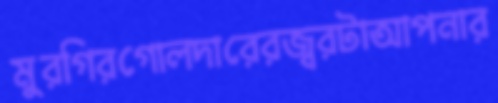
মুরগিরগোলদারেরজ্বরটাআপনার